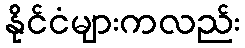
နိုင်ငံများကလည်း